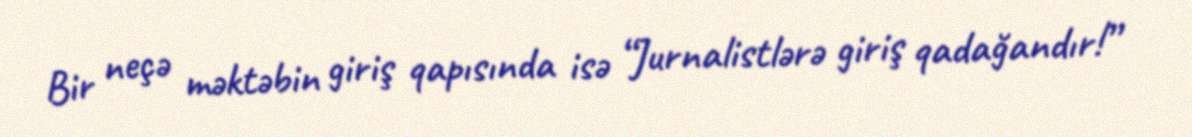
Bir neçə məktəbin giriş qapısında isə “Jurnalistlərə giriş qadağandır!”